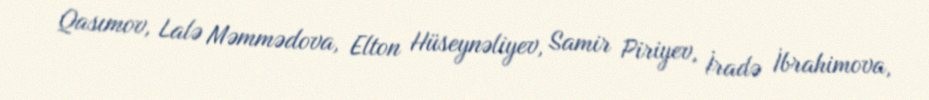
Qasımov, Lalə Məmmədova, Elton Hüseynəliyev, Samir Piriyev, İradə İbrahimova,